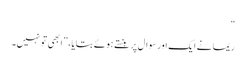
“
ریما نے ایک اور سوال پر ہنستے ہوئے بتایا، ”ابھی تو نہیں۔